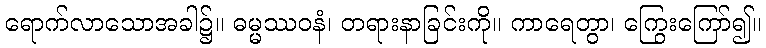
ရောက်လာသောအခါ၌။ ဓမ္မဿဝနံ၊ တရားနာခြင်းကို။ ကာရေတွာ၊ ကြွေးကြော်၍။